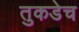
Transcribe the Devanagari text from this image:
तुकडेच